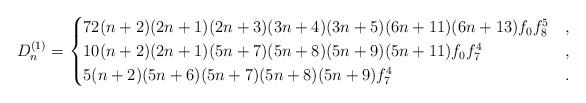
LaTeX: \begin{align*}D^{(1)}_n = \begin{cases}72(n+2)(2n+1)(2n+3)(3n+4)(3n+5)(6n+11)(6n+13)f_0f_8^5&,\\10(n+2)(2n+1)(5n+7)(5n+8)(5n+9)(5n+11)f_0f_7^4&,\\5(n+2)(5n+6)(5n+7)(5n+8)(5n+9)f_7^4&.\end{cases}\end{align*}